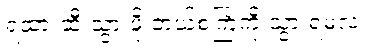
ရထားဆီ သွားဖို့ ဘယ်စင်္ကြံကို သွားရမလဲ။